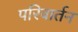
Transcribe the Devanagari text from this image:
परिवार्तन